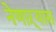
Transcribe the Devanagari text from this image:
नेणाऱ्यास